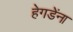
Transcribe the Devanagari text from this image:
हेगडेंना